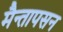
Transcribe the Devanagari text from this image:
मैन्तापसन